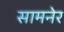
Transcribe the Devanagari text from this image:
सामनेर